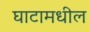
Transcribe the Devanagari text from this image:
घाटामधील